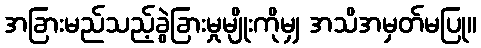
အခြားမည်သည့်ခွဲခြားမှုမျိုးကိုမျှ အသိအမှတ်မပြု။